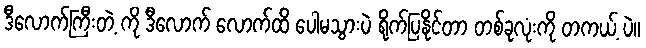
ဒီလောက်ကြီးတဲ့ ကို ဒီလောက် လောက်ထိ ပေါမသွားပဲ ရိုက်ပြနိုင်တာ တစ်ခုလုံးကို တကယ့် ပဲ။